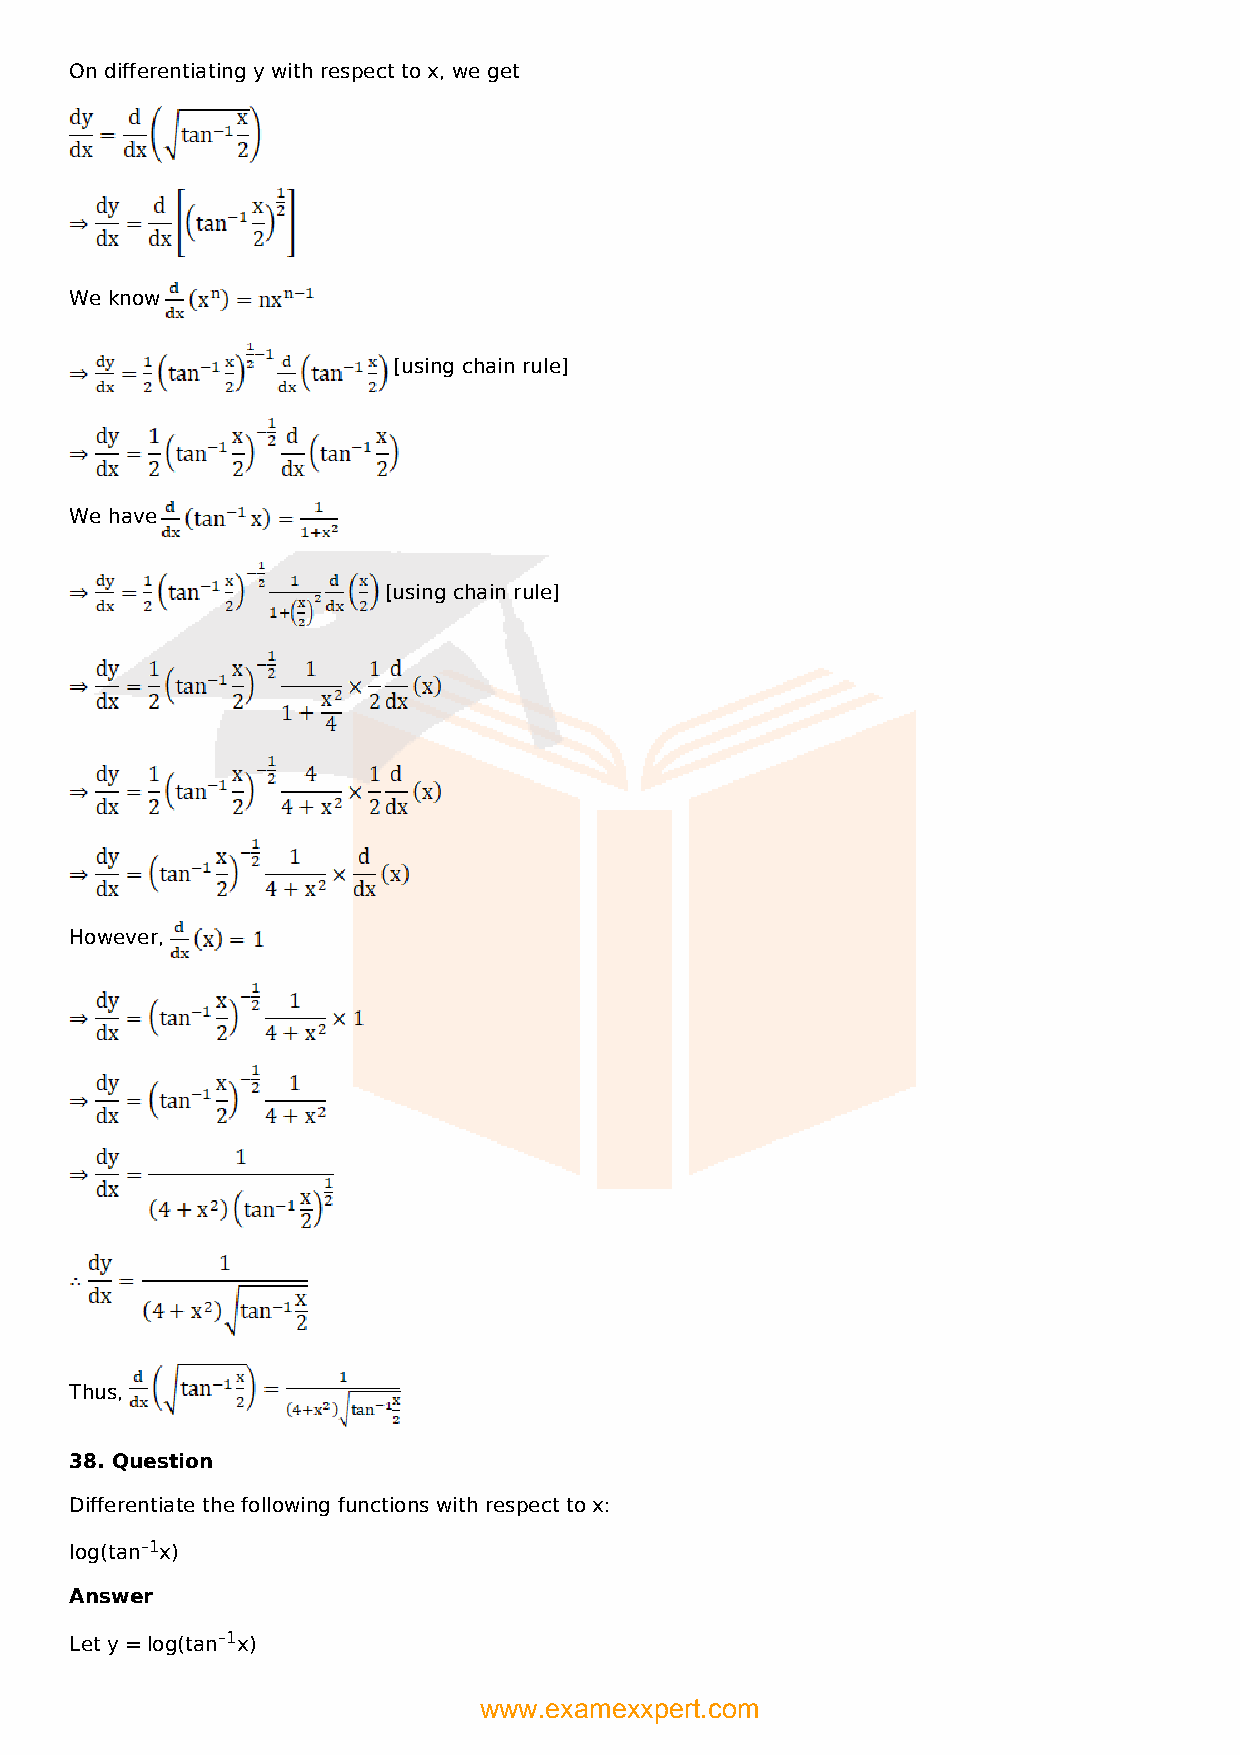
On differentiating y with respect to x, we get
 We know
 [using chain rule]
 We have
 [using chain rule]
 However,
 Thus,
 38. Question
 Differentiate the following functions with respect to x:
 log(tan–1x)
 Answer
 Let y = log(tan–1x)
 www.examexxpert.com